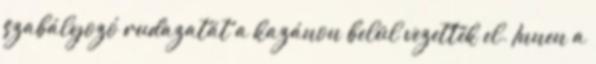
szabályozó rudazatát a kazánon belül vezették el. Innen a